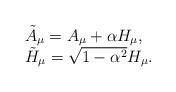
LaTeX: \begin{align*}\begin{array}{ll}\tilde A_{\mu} = A_{\mu} + \alpha H_{\mu},\\\tilde H_{\mu} = \sqrt{1- \alpha^2} H_{\mu}.\end{array}\end{align*}